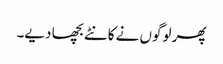
پھر لوگوں نے کانٹے بچھا دیے۔